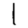
Digit: 1